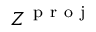
Z ^ { \mathrm { ~ p ~ r ~ o ~ j ~ } }